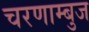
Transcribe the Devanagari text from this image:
चरणाम्बुज